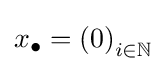
x_{\bullet }=\left(0\right)_{i\in \mathbb {N} }